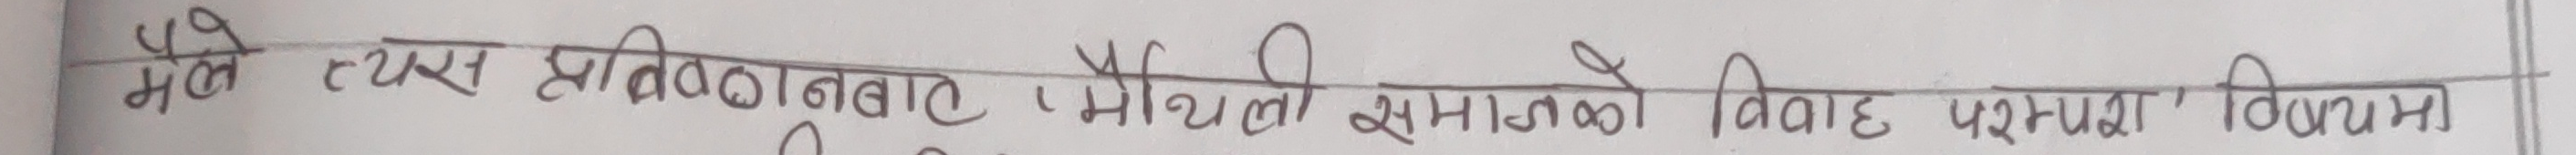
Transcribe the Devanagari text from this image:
मैले त्यस प्रतिवेदनमा मैथिली समाजको विवाह परम्परा विषयमा